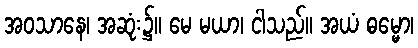
အဝသာနေ၊ အဆုံး၌။ မေ မယာ၊ ငါသည်။ အယံ ဓမ္မော၊